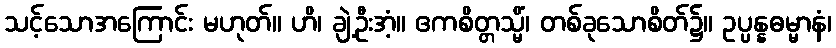
သင့်သောအကြောင်း မဟုတ်။ ဟိ၊ ချဲ့ဦးအံ့။ ဧကစိတ္တသ္မိံ၊ တစ်ခုသောစိတ်၌။ ဥပ္ပန္နဓမ္မာနံ၊